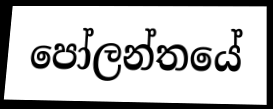
පෝලන්තයේ